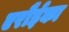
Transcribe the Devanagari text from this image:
एरौईका